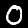
Label: 0